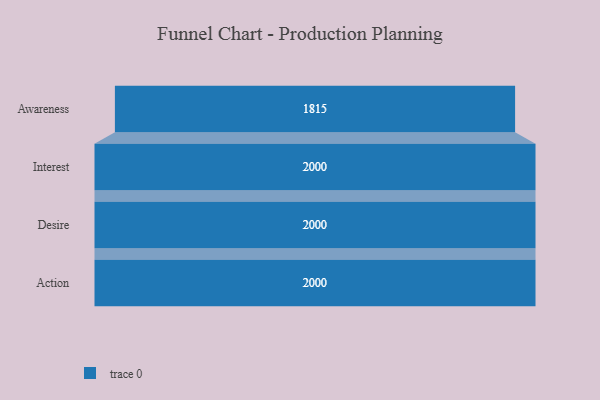
{"axis": {"x": "Stage", "y": "Value"}, "legend": [""], "data": [{"x": "Awareness", "y": 1815.0, "type": ""}, {"x": "Interest", "y": 2000, "type": ""}, {"x": "Desire", "y": 2000, "type": ""}, {"x": "Action", "y": 2000, "type": ""}]}